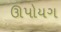
ઊપોયગ